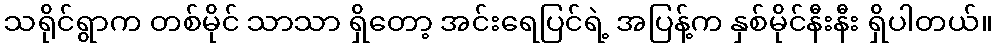
သရိုင်ရွာက တစ်မိုင် သာသာ ရှိတော့ အင်းရေပြင်ရဲ့ အပြန့်က နှစ်မိုင်နီးနီး ရှိပါတယ်။